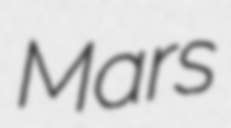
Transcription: Mars